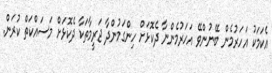
އެކަމަކު އަހަރުމެން ބޭނުންވޭ އަހަރުމެންނާ ދެކޮޅަށް ހިންގަމުންދާ ޖަރީމާތަކާ ދެކޮޅަށް މަސައްކަތް ކުރަން.